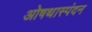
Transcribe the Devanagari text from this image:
ओषथास्पंदन